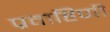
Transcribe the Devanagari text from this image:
प्रवाहिणी